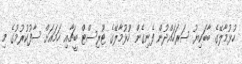
ހުޅުމާލޭގެ ބާބަކިޔު ސަރަހައްދުން ފެނިގެން ހުުޅުމާލޭގެ ޓޫރިސްޓް ބީޗާއި ހަމައަށް ސާފުކުރުމުގެ މި